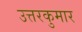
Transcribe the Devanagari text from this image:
उत्तरकुमार